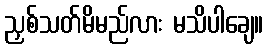
ညှစ်သတ်မိမည်လား မသိပါချေ။